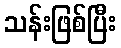
သန်းဖြစ်ပြီး